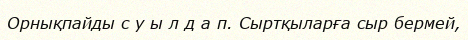
Орнықпайды с у ы л д а п. Сыртқыларға сыр бермей,